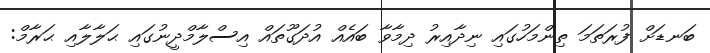
ބަނޑަށް ފުރަތަމަ ތިންމަހުގައި ނިދާއިރު ދިމާވާ ބައެއް އުދަގޫތައް އިސްލާމްދީނުގައި ޙަލާލާއި ޙަރާމް: